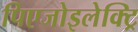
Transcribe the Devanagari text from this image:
पिएजोइलेक्ट्रि